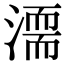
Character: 𣽈